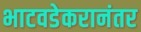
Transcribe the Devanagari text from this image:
भाटवडेकरानंतर